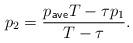
LaTeX: \begin{align*} p_2 = \frac{p_{\sf ave} T - \tau p_1}{T-\tau}. \end{align*}